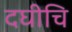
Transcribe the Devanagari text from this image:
दघीचि